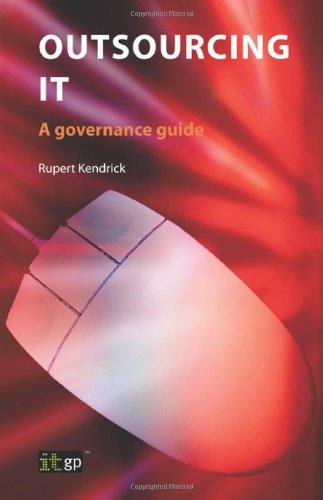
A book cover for Outsourcing IT: A Governance Guide; Rupert Kendrick; Computers & Technology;